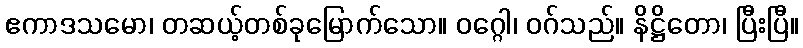
ဧကာဒသမော၊ တဆယ့်တစ်ခုမြောက်သော။ ဝဂ္ဂေါ၊ ဝဂ်သည်။ နိဋ္ဌိတော၊ ပြီးပြီ။